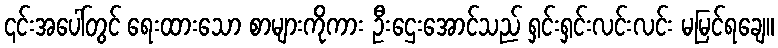
၎င်းအပေါ်တွင် ရေးထားသော စာများကိုကား ဦးဌေးအောင်သည် ရှင်းရှင်းလင်းလင်း မမြင်ရချေ။